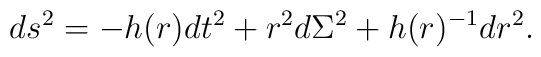
ds^2=-h(r)dt^2+r^2 d\Sigma^2+h(r)^{-1}dr^2.